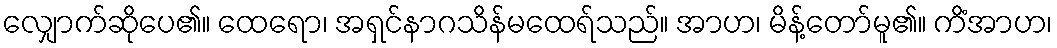
လျှောက်ဆိုပေ၏။ ထေရော၊ အရှင်နာဂသိန်မထေရ်သည်။ အာဟ၊ မိန့်တော်မူ၏။ ကိံအာဟ၊